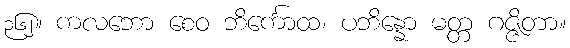
၃၆၂။ ကလဘော စေဝ ဘိင်္ကောထ၊ ပဘိန္နော မတ္တ ဂဇ္ဇိတာ။